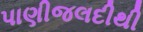
પાણીજલદીથી